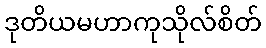
ဒုတိယမဟာကုသိုလ်စိတ်